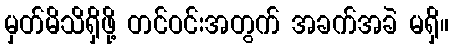
မှတ်မိသိရှိဖို့ တင်ဝင်းအတွက် အခက်အခဲ မရှိ။